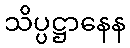
သိပ္ပဋ္ဌာနေန